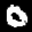
Label: 0